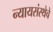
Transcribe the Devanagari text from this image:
न्यायसंस्थेचे